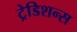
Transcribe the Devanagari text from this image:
ट्रेडिशन्स